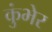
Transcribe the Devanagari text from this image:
कुंभेर